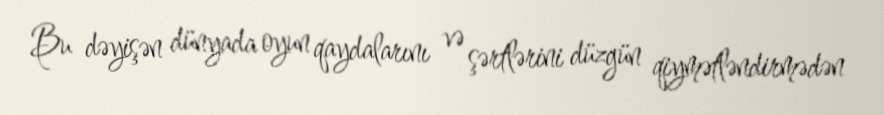
Bu dəyişən dünyada oyun qaydalarını və şərtlərini düzgün qiymətləndirmədən